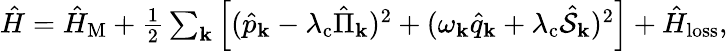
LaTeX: \begin{array}{r}{\hat{H}=\hat{H}_{\mathrm{M}}+\frac{1}{2}\sum_{\mathbf{k}}\left[(\hat{p}_{\mathbf k}-\lambda_{\mathrm{c}}\hat{\Pi}_{\mathbf{k}})^{2}+(\omega_{\mathbf k}\hat{q}_{\mathbf k}+\lambda_{\mathrm{c}}\hat{\mathcal{S}}_{\mathbf{k}})^{2}\right]+\hat{H}_{\mathrm{loss}},}\end{array}